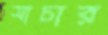
সাচার